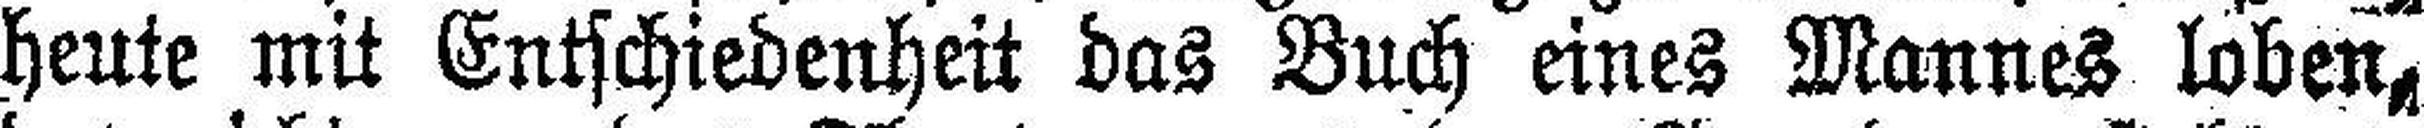
heute mit Entschiedenheit das Buch eines Mannes loben,